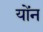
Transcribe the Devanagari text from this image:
योंन